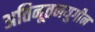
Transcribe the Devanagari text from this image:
अतिनूतनयुगीन